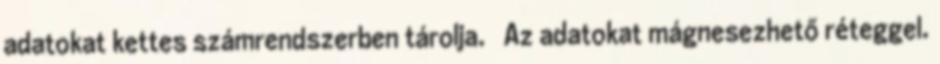
adatokat kettes számrendszerben tárolja.  Az adatokat mágnesezhető réteggel.